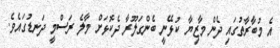
އެ މުބާރާތުގައި ދެން މާޒިޔާ ކުޅޭނީ ބެންގަލޫރާ ދެކޮޅަށް މާލެ ރަސްމީ ދަނޑުގައެވެ.